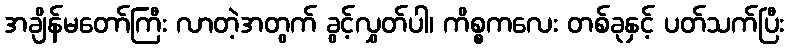
အချိန်မတော်ကြီး လာတဲ့အတွက် ခွင့်လွှတ်ပါ၊ ကိစ္စကလေး တစ်ခုနှင့် ပတ်သက်ပြီး